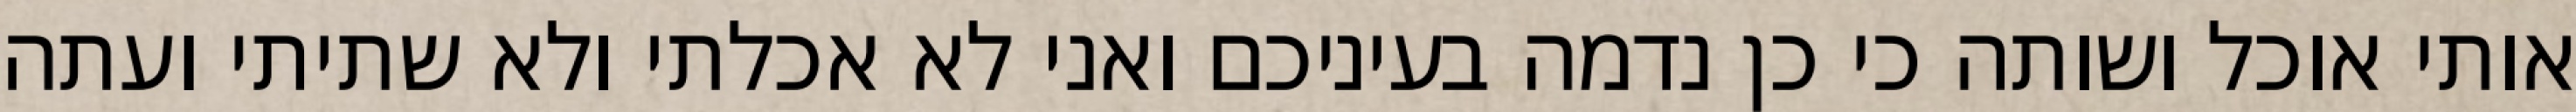
אותי אוכל ושותה כי כן נדמה בעיניכם ואני לא אכלתי ולא שתיתי ועתה